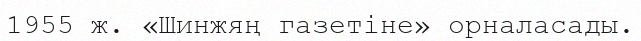
1955 ж. «Шинжяң газетіне» орналасады.